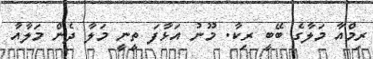
ރިމްއާ މަލާގެ ބޭބީ ރިކާ. މޫނު އަޅާފަ ތީނީ މަލާ ދެން މަލާއާ